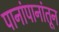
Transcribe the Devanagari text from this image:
पानांपानांतून